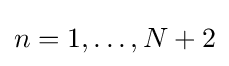
n=1,\ldots ,N+2